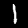
Label: 1